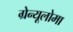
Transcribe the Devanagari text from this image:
ग्रेन्यूलोमा